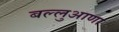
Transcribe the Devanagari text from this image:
बल्लुआणा